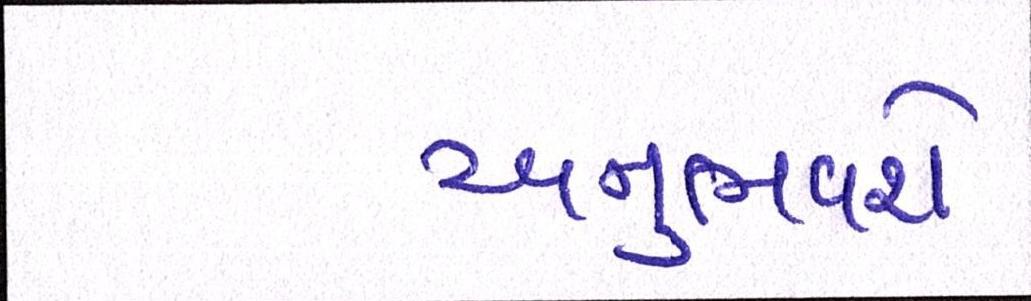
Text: અનુભવશે